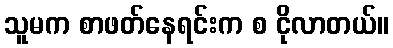
သူမက စာဖတ်နေရင်းက စ ငိုလာတယ်။